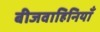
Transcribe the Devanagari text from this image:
बीजवाहिनियाँ